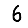
Digit: 6